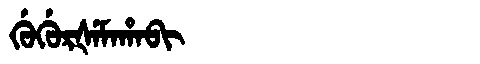
Manchu: ᡤᡠᡤᡠᡵᡧᡝᠮᠠᡥᠠᠪᡳ
Romanization: GUGURŠEMAHABI